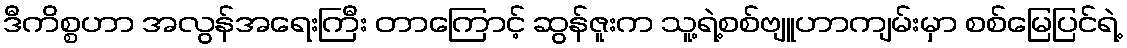
ဒီကိစ္စဟာ အလွန်အရေးကြီး တာကြောင့် ဆွန်ဇူးက သူ့ရဲ့စစ်ဗျူဟာကျမ်းမှာ စစ်မြေပြင်ရဲ့